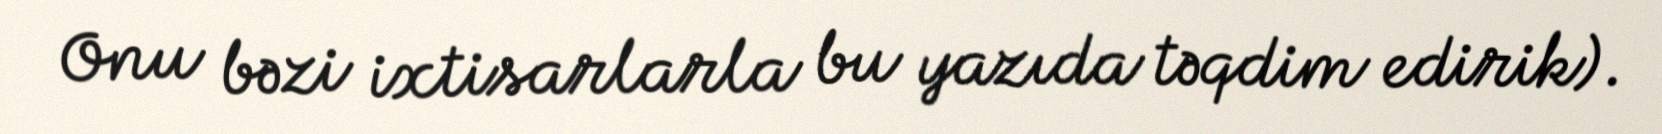
Onu bəzi ixtisarlarla bu yazıda təqdim edirik).